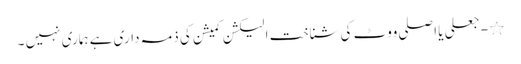
٭ - جعلی یا اصلی ووٹ کی شناخت الیکشن کمیشن کی ذمہ داری ہے ہماری نہیں ۔